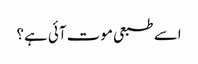
اسے طبعی موت آئی ہے؟